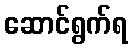
ဆောင်ရွက်ရ